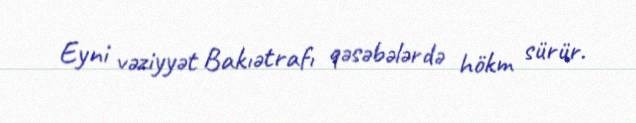
Eyni vəziyyət Bakıətrafı qəsəbələrdə hökm sürür.